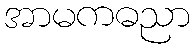
အာမကဓညာ